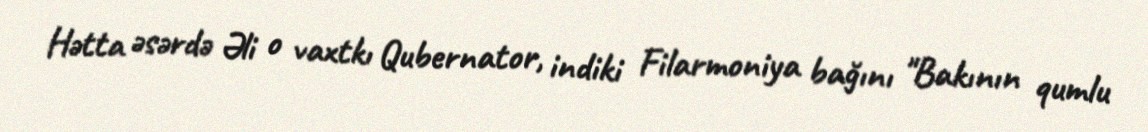
Hətta əsərdə Əli o vaxtkı Qubernator, indiki Filarmoniya bağını "Bakının qumlu